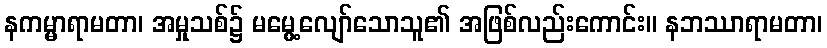
နကမ္မာရာမတာ၊ အမှုသစ်၌ မမွေ့လျော်သောသူ၏ အဖြစ်လည်းကောင်း။ နဘဿာရာမတာ၊